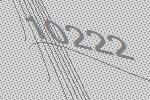
10222